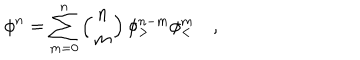
LaTeX: \phi ^ { n } = \sum _ { m = 0 } ^ { n } \left( { n \atop m } \right) \phi _ { > } ^ { n - m } \phi _ { < } ^ { m } \quad ,